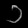
Digit: ၁